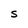
Character: S